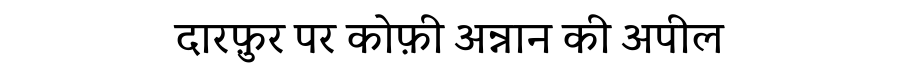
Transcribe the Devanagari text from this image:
दारफ़ुर पर कोफ़ी अन्नान की अपील